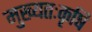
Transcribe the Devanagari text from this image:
मुख्यतःकृषि